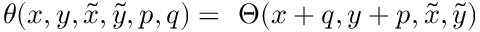
\theta ( x , y , \tilde { x } , \tilde { y } , p , q ) = \ \Theta ( x + q , y + p , \tilde { x } , \tilde { y } )